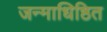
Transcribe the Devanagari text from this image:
जन्माधिष्ठित